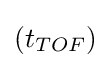
\left(t_{TOF}\right)